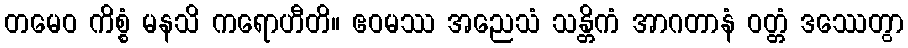
တမေဝ ကိစ္စံ မနသိ ကရောဟီတိ။ ဧဝမဿ အညေသံ သန္တိကံ အာဂတာနံ ဝတ္တံ ဒဿေတွာ